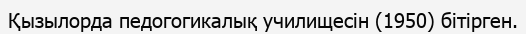
Қызылорда педогогикалық училищесін (1950) бітірген.